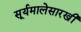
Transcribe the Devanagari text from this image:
सूर्यमालेसारखी